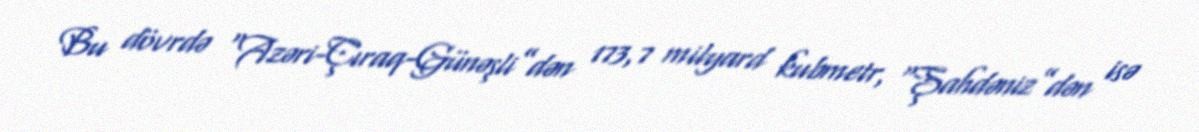
Bu dövrdə “Azəri-Çıraq-Günəşli”dən 173,7 milyard kubmetr, “Şahdəniz”dən isə